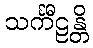
သင်္ကီဠန္တိ